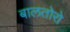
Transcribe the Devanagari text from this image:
बालतोरो